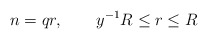
\begin{align*} n = qr,\quad\quad y^{-1}R\leq r\leq R\end{align*}